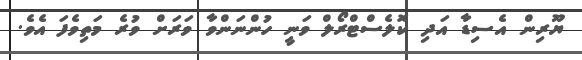
ޔޫރިން އެސިޑާ އަދި ކޮލެސްޓްރޯލް ވަނީ ހުންނަންވާ ވަރަށް ވުރެ މަތިވެފަ އެވެ.